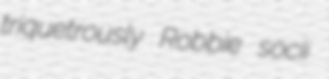
triquetrously Robbie socii